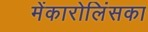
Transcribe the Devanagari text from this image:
मेंकारोलिंसका